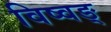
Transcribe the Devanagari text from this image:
विष्वङ्